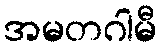
အမတဂါမီ